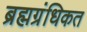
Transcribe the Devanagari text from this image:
ब्रह्मग्रंधिकत